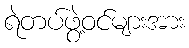
ရဲတပ်ဖွဲ့ဝင်များအား